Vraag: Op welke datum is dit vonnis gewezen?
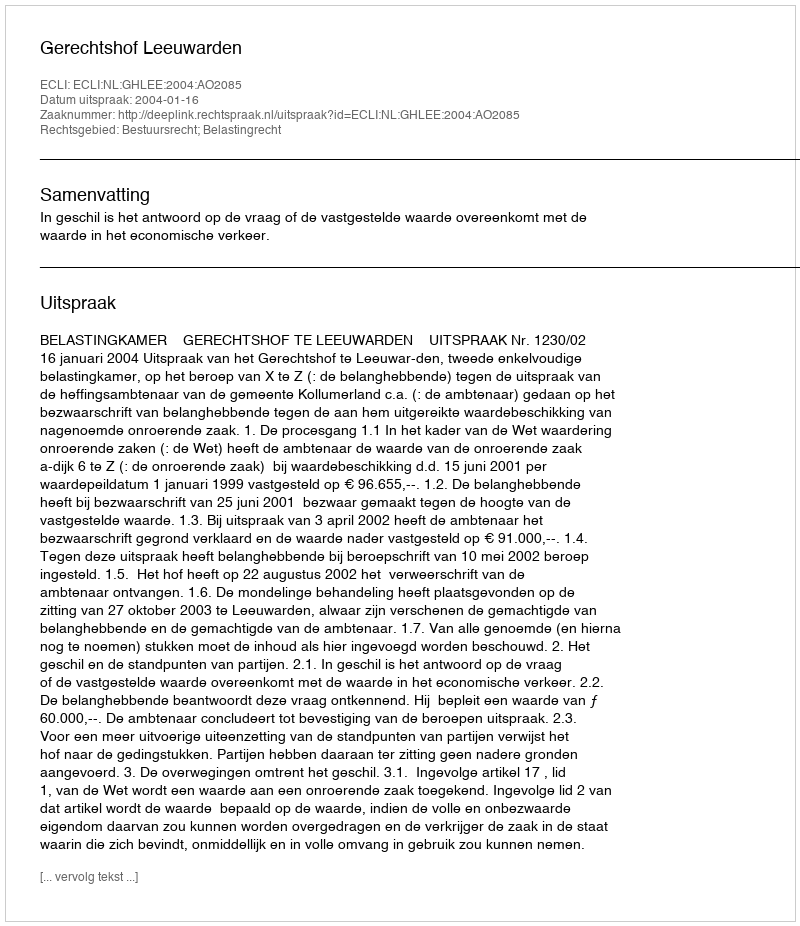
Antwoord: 2004-01-16